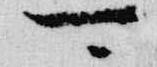
可